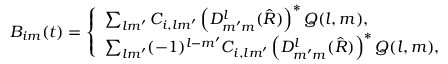
\begin{array} { r } { B _ { i m } ( t ) = \left\{ \begin{array} { l l } { \sum _ { l m ^ { \prime } } C _ { i , l m ^ { \prime } } \left( D _ { m ^ { \prime } m } ^ { l } ( \hat { R } ) \right) ^ { \ast } Q ( l , m ) , } \\ { \sum _ { l m ^ { \prime } } ( - 1 ) ^ { l - m ^ { \prime } } C _ { i , l m ^ { \prime } } \left( D _ { m ^ { \prime } m } ^ { l } ( \hat { R } ) \right) ^ { \ast } Q ( l , m ) , } \end{array} \right. } \end{array}